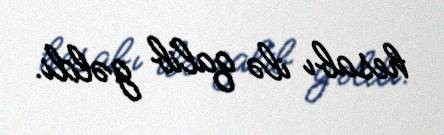
hesabı ilə qalib gəldi.